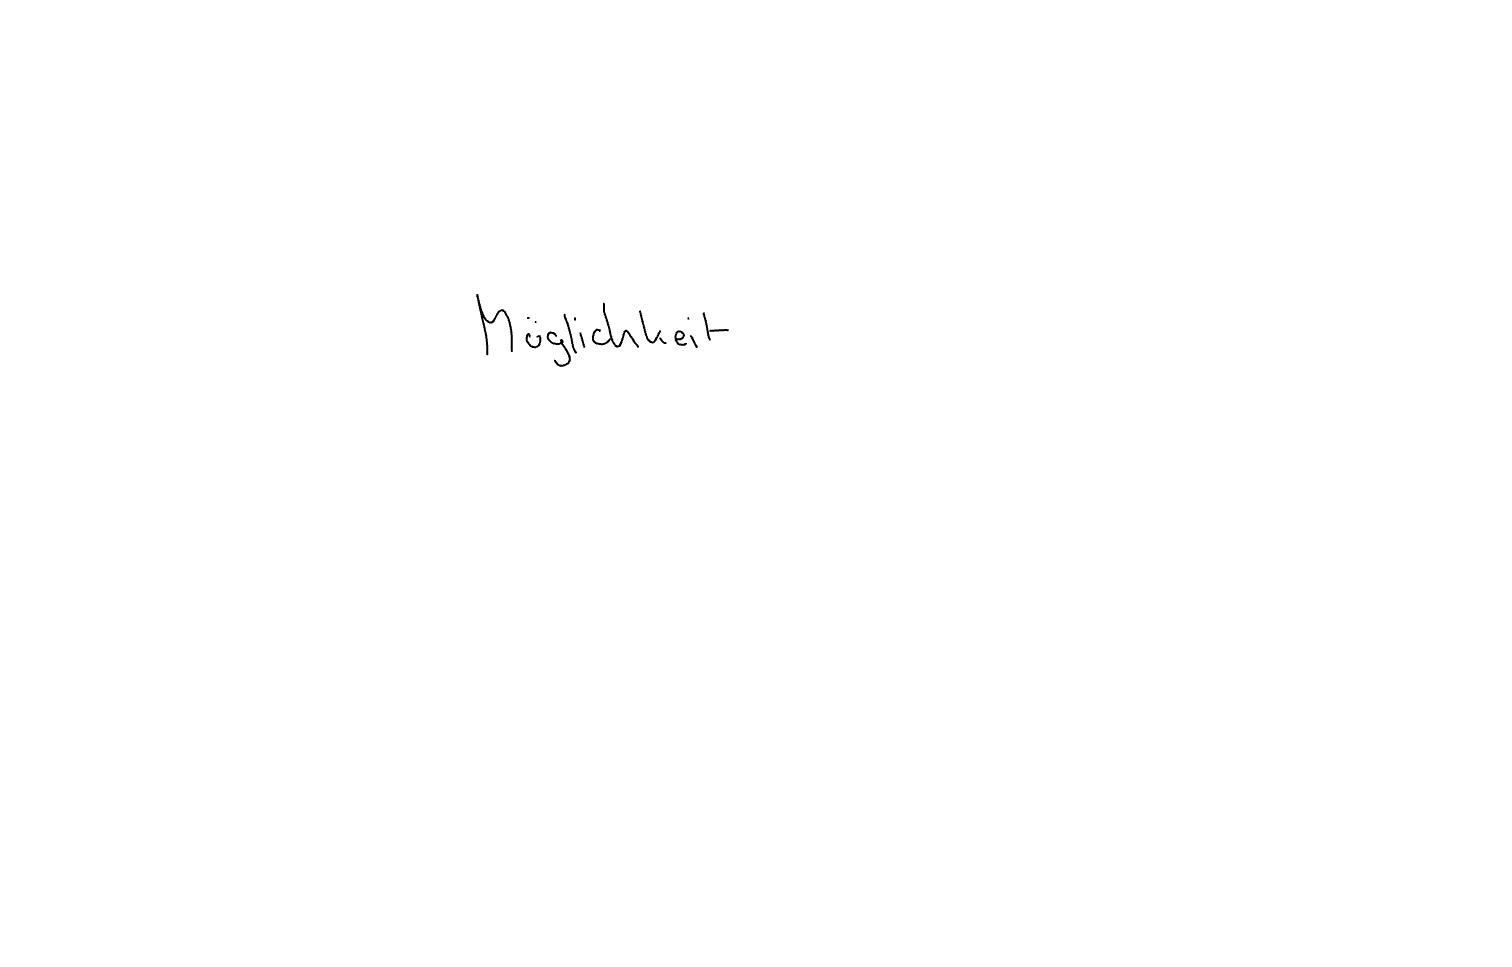
Text: Möglichkeit